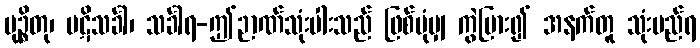
မုဉ္စိတု၊ ပဋိသင်္ခါ၊ သင်္ခါရ-ဤဉာဏ်သုံးပါးသည် ဖြစ်ပုံမျှ ကွဲပြား၍ အနက်တူ သုံးမည်ရ